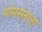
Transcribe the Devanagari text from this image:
थोमसनला